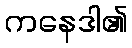
ကနေဒါ၏